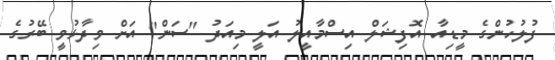
ފުލުހުންގެ މީޑިއާ އޮފިޝަލް އިސްމާއީލު އަލީ މިއަދު "ސަން" އަށް ވިދާޅުވީ ބޭރުގެ